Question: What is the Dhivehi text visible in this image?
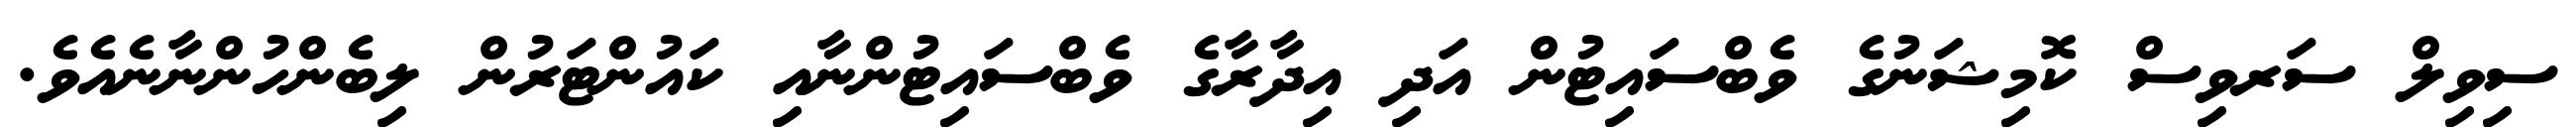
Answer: ސިވިލް ސަރވިސް ކޮމިޝަނުގެ ވެބްސައިޓުން އަދި އިދާރާގެ ވެބްސައިޓުންނާއި ކައުންޓަރުން ލިބެންހުންނާނެއެވެ.